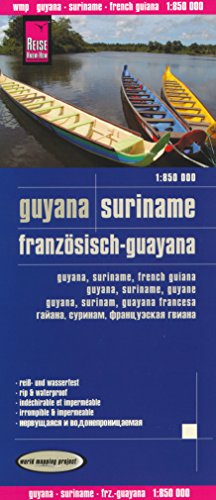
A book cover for Guyana, French Guiana & Suriname 1:850,000 Travel Map, waterproof, GPS-compatible REISE; Reise Knowhow; Travel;